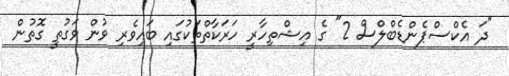
"ދަ އެކްސްޕެންޑެބްލްސް 2" ގެ އިޝްތިހާރީ ހަރަކާތްތަކުގައި ބައިވެރި ވުން ވަގުތީ ގޮތުން